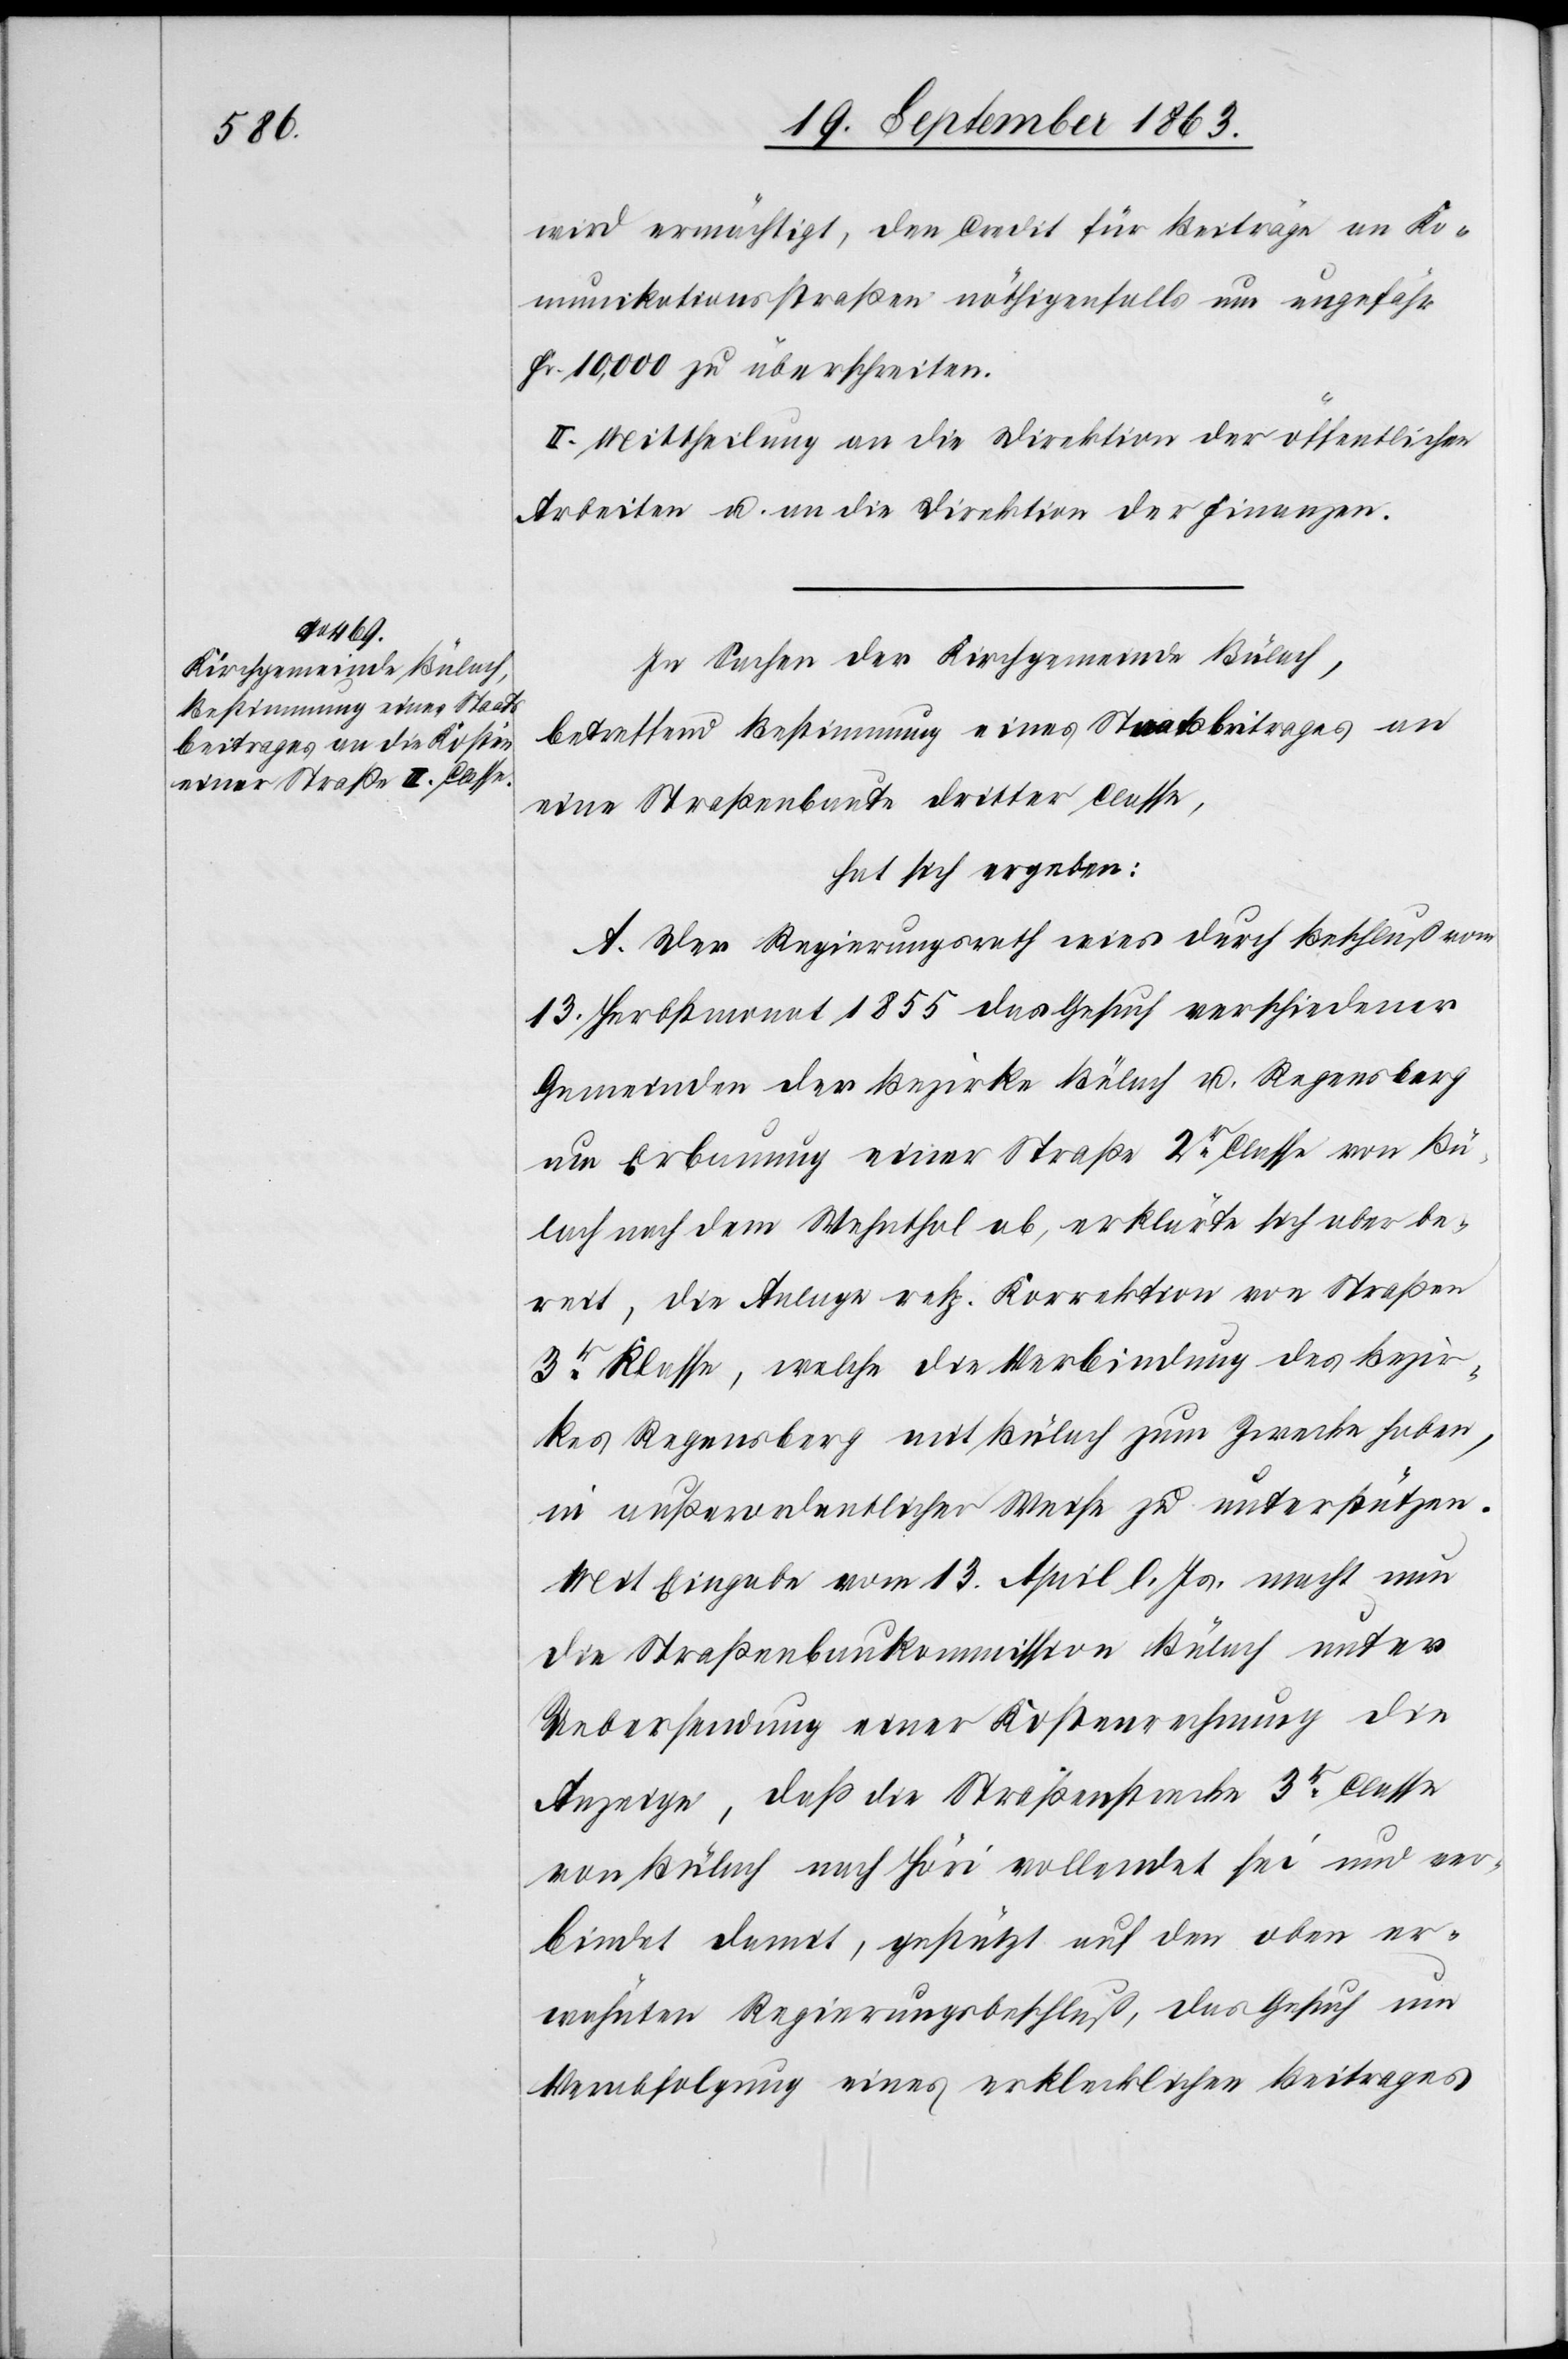
wird ermächtigt, den Credit für Beiträge an Ko¬
munikationsstraßen nöthigenfalls um ungefähr
Fr. 10,000 zu überschreiten.
II. Mittheilung an die Direktion der öffentlichen
Arbeiten u. an die Direktion der Finanzen.
In Sachen der Kirchgemeinde Bülach,
betreffend Bestimmung eines Staatsbeitrages an
eine Straßenbaute dritter Classe,
hat sich ergeben:
A. Der Regierungsrath wies durch Beschluß vom
13. Herbstmonat 1855 das Gesuch verschiedener
Gemeinden der Bezirke Bülach u. Regensberg
um Erbauung einer Straße 2r Classe von Bü¬
lach nach dem Wehnthal ab, erklärte sich aber be¬
reit, die Anlage resp. Korrektion von Straßen
3r Klasse, welche die Verbindung des Bezir¬
kes Regensberg mit Bülach zum Zwecke haben,
in außerordentlicher Weise zu unterstützen.
Mit Eingabe vom 13. April l. Js. macht nun
die Straßenbaukommission Bülach unter
Uebersendung einer Kostenrechnung die
Anzeige, daß die Straßenstrecke 3r Classe
von Bülach nach Höri vollendet sei und ver¬
bindet damit, gestützt auf den oben er¬
wähnten Regierungsbeschluß, das Gesuch um
Verabfolgung eines erklecklichen Beitrages